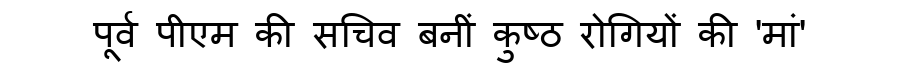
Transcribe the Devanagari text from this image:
पूर्व पीएम की सचिव बनीं कुष्ठ रोगियों की 'मां'